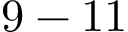
9 - 1 1